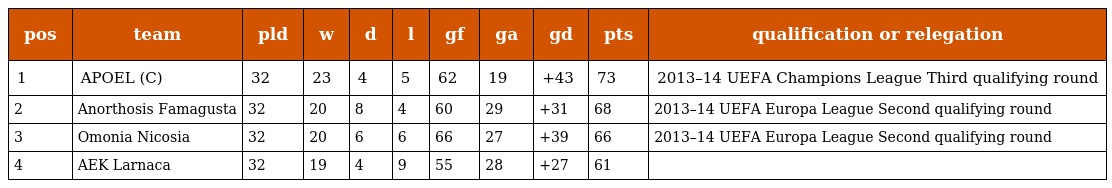
| pos | team | pld | w | d | l | gf | ga | gd | pts | qualification or relegation |
 | --- | --- | --- | --- | --- | --- | --- | --- | --- | --- | --- |
 | 1 | APOEL (C) | 32 | 23 | 4 | 5 | 62 | 19 | +43 | 73 | 2013–14 UEFA Champions League Third qualifying round |
 | 2 | Anorthosis Famagusta | 32 | 20 | 8 | 4 | 60 | 29 | +31 | 68 | 2013–14 UEFA Europa League Second qualifying round |
 | 3 | Omonia Nicosia | 32 | 20 | 6 | 6 | 66 | 27 | +39 | 66 | 2013–14 UEFA Europa League Second qualifying round |
 | 4 | AEK Larnaca | 32 | 19 | 4 | 9 | 55 | 28 | +27 | 61 |  |